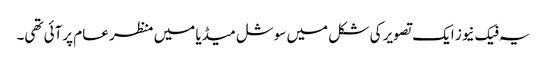
یہ فیک نیوز ایک تصویر کی شکل میں سوشل میڈیا میں منظر عام پرآئی تھی۔